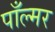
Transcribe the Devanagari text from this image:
पाँल्मर